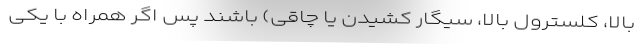
بالا، کلسترول بالا، سیگار کشیدن یا چاقی) باشند پس اگر همراه با یکی